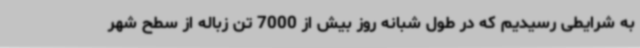
به شرایطی رسیدیم که در طول شبانه روز بیش از 7000 تن زباله از سطح شهر